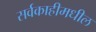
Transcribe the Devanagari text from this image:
सर्वकाहीमधील